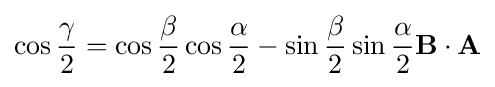
\cos {\frac {\gamma }{2}}=\cos {\frac {\beta }{2}}\cos {\frac {\alpha }{2}}-\sin {\frac {\beta }{2}}\sin {\frac {\alpha }{2}}\mathbf {B} \cdot \mathbf {A}